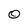
Character: 0